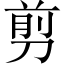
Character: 剪